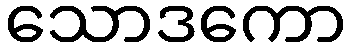
သောဒကော